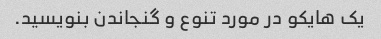
یک هایکو در مورد تنوع و گنجاندن بنویسید.